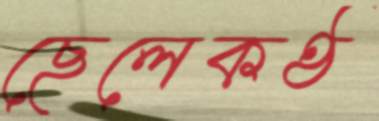
ছেলেকণ্ঠ